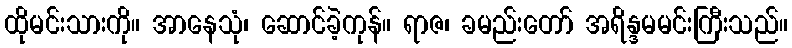
ထိုမင်းသားကို။ အာနေသုံ၊ ဆောင်ခဲ့ကုန်။ ရာဇ၊ ခမည်းတော် အရိန္ဒမမင်းကြီးသည်။